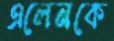
এলেনকে